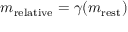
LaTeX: m _ { \mathrm { r e l a t i v e } } = \gamma ( m _ { \mathrm { r e s t } } )